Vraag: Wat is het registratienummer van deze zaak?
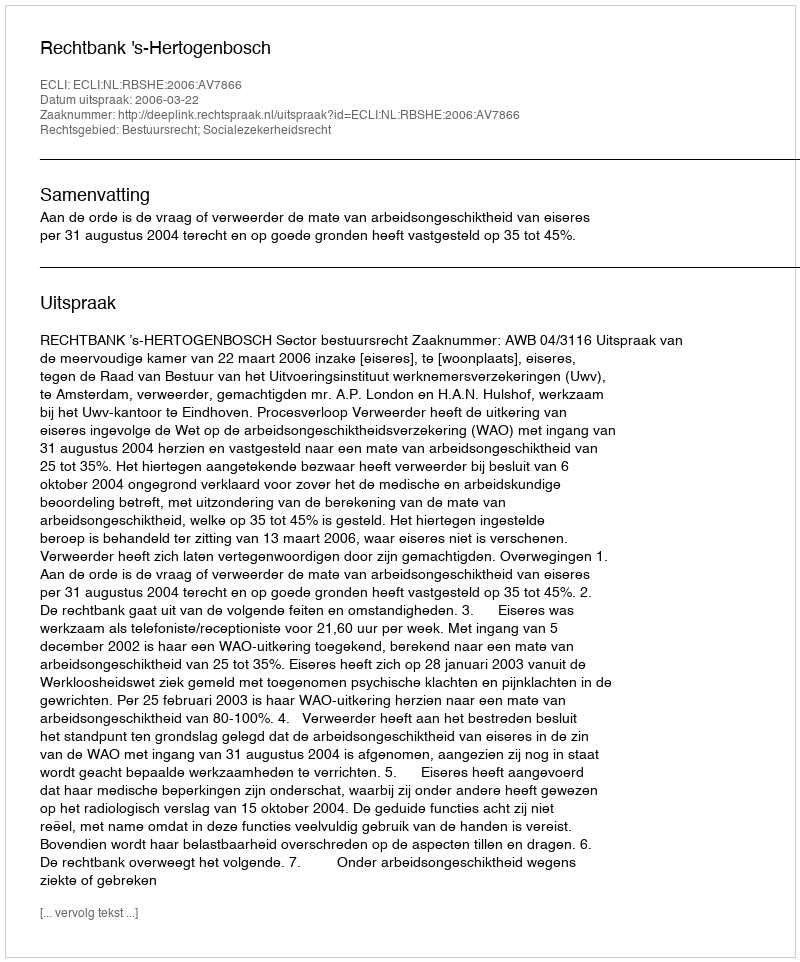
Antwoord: http://deeplink.rechtspraak.nl/uitspraak?id=ECLI:NL:RBSHE:2006:AV7866